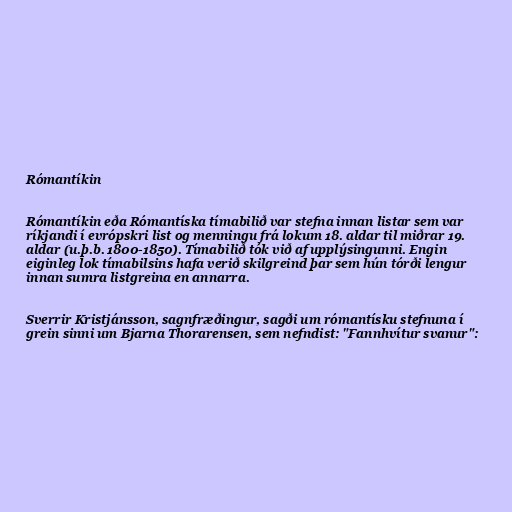
Rómantíkin

Rómantíkin eða Rómantíska tímabilið var stefna innan listar sem var
ríkjandi í evrópskri list og menningu frá lokum 18. aldar til miðrar 19.
aldar (u.þ.b. 1800-1850). Tímabilið tók við af upplýsingunni. Engin
eiginleg lok tímabilsins hafa verið skilgreind þar sem hún tórði lengur
innan sumra listgreina en annarra.

Sverrir Kristjánsson, sagnfræðingur, sagði um rómantísku stefnuna í
grein sinni um Bjarna Thorarensen, sem nefndist: "Fannhvítur svanur":